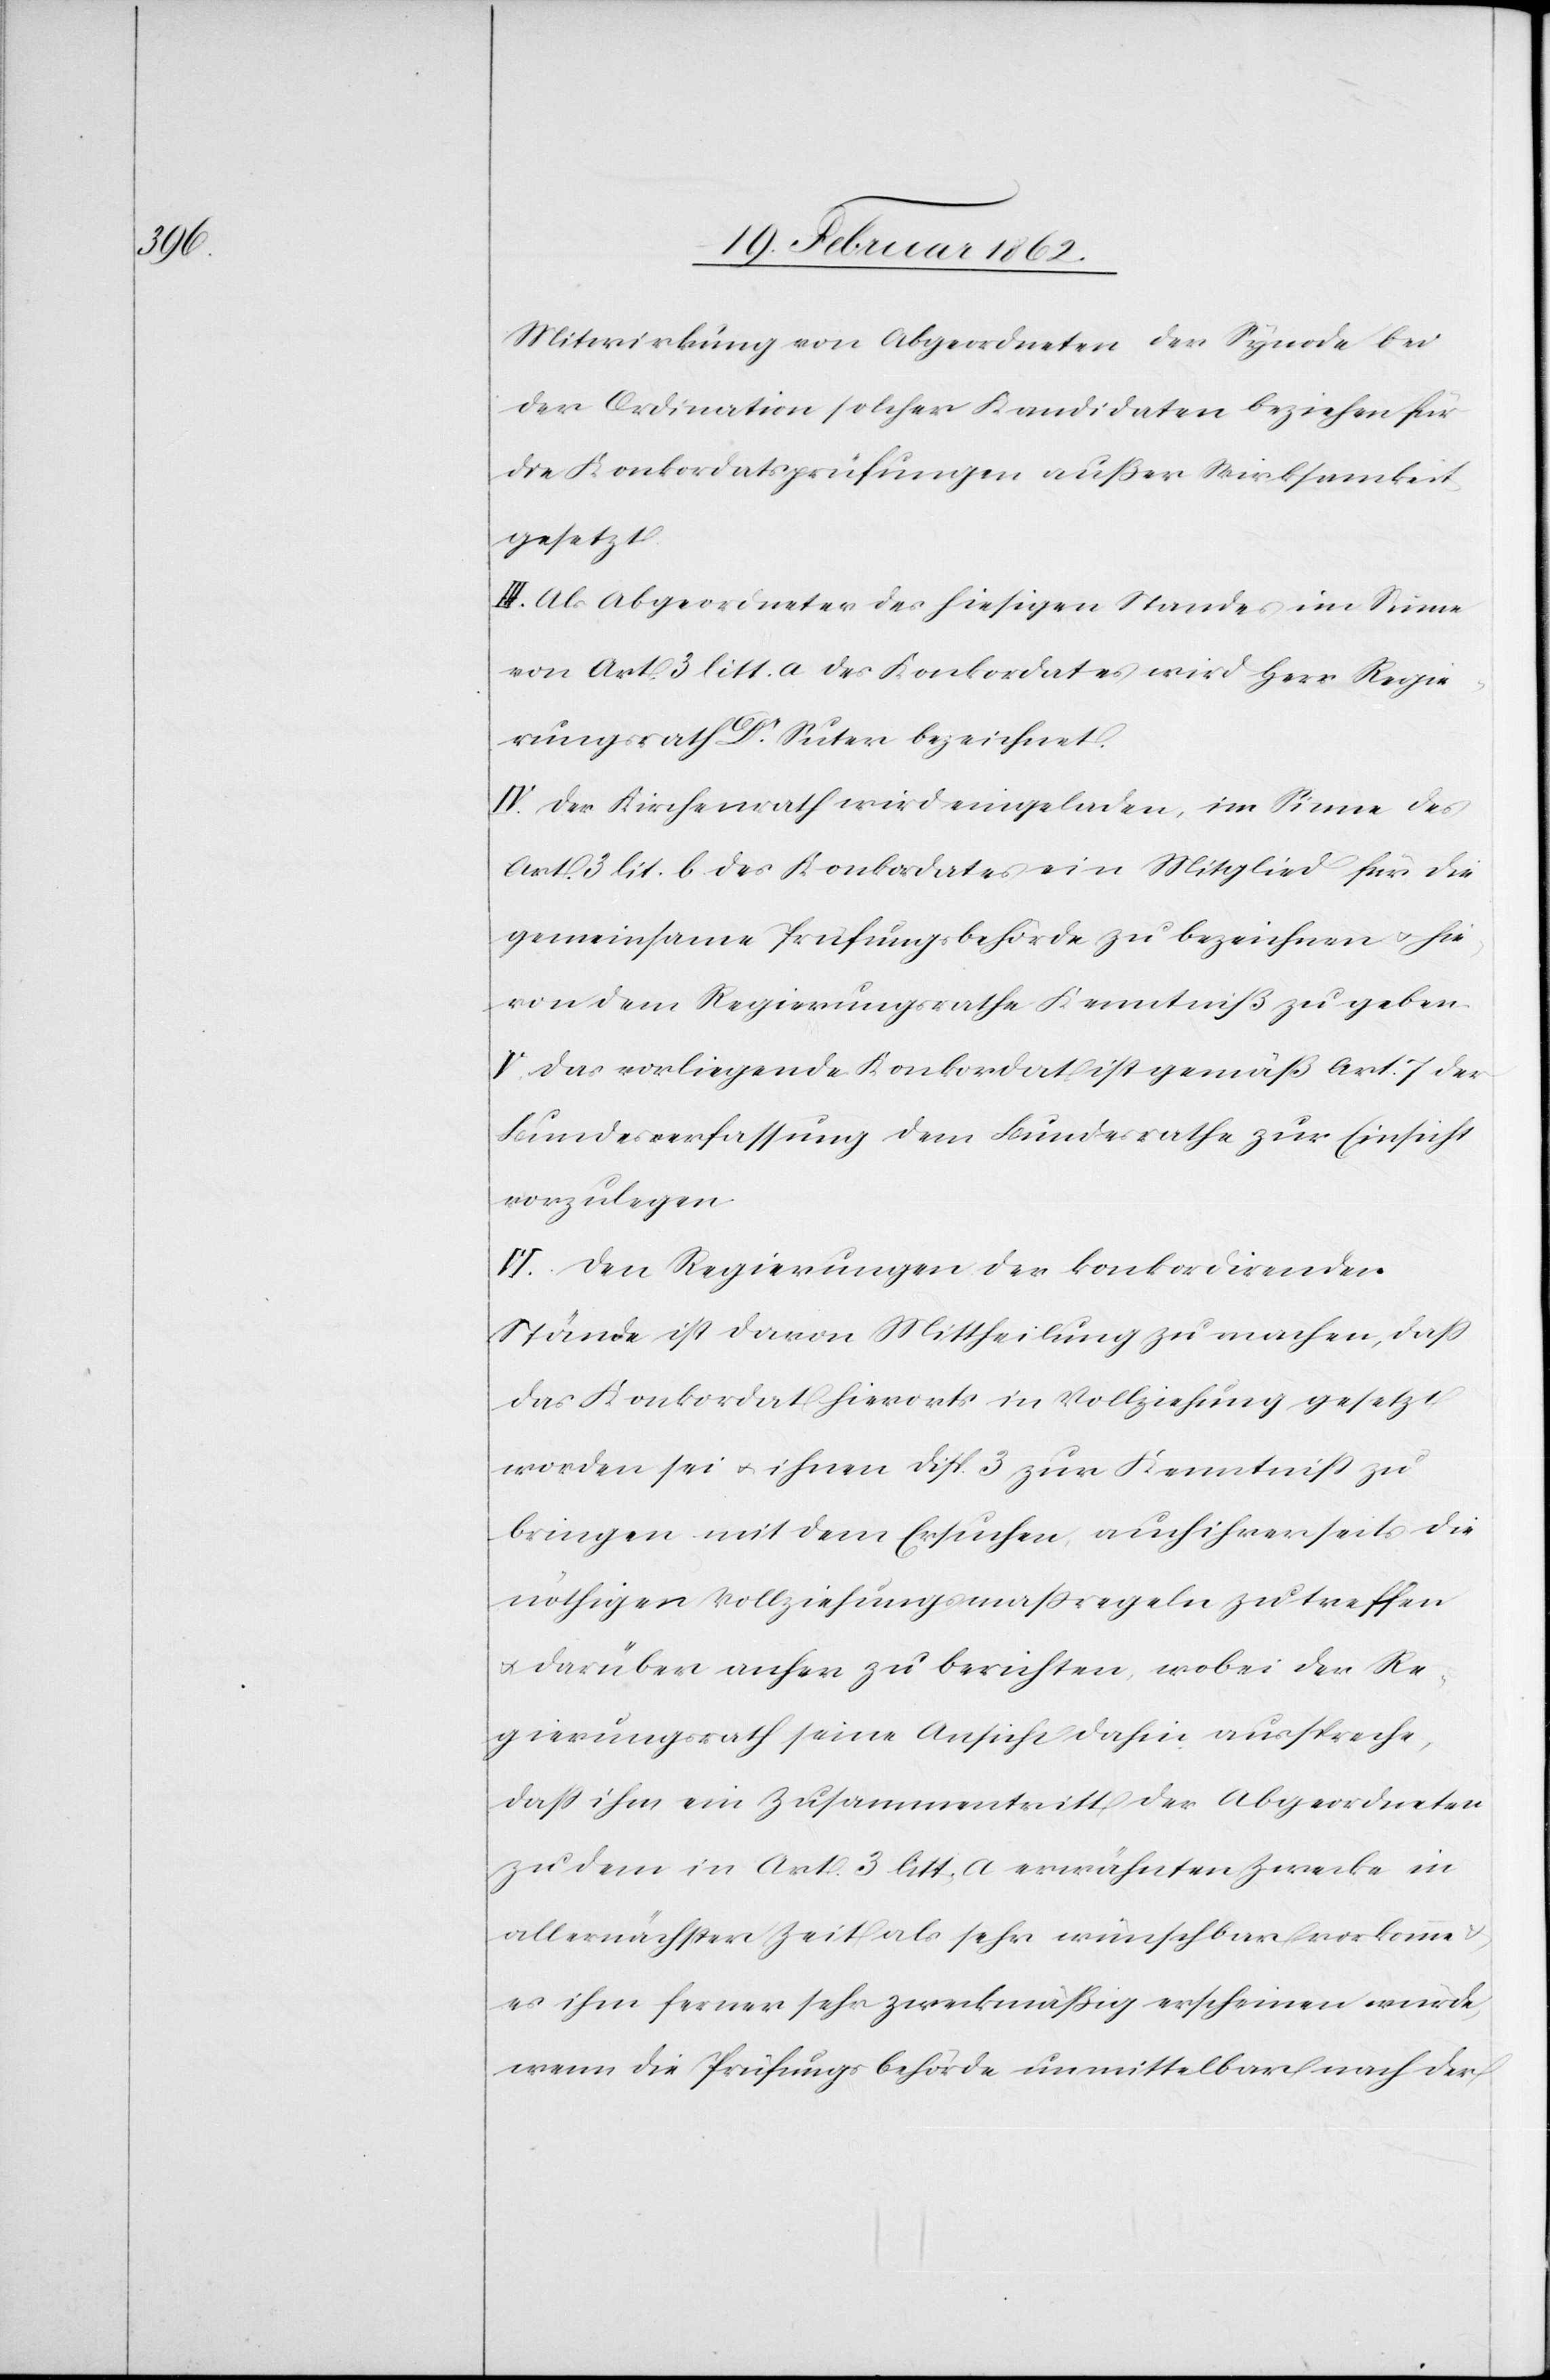
Mitwirkung von Abgeordneten der Synode bei
der Ordination solcher Kandidaten beziehen für
die Konkordatsprüfungen außer Wirksamkeit
gesetzt.
III. Als Abgeordneter des hiesigen Standes im Sinne
von Art. 3 litt. a des Konkordates wird Herr Regie¬
rungsrath Dr. Suter bezeichnet.
IV. Der Kirchenrath wird eingeladen, im Sinne des
Art. 3 lit. b des Konkordates ein Mitglied für die
gemeinsame Prüfungsbehörde zu bezeichnen u. hie¬
von dem Regierungsrathe Kenntniß zu geben.
V. Das vorliegende Konkordat ist gemäß Art. 7 der
Bundesverfassung dem Bundesrathe zur Einsicht
vorzulegen.
VI. Den Regierungen der konkordirenden
Stände ist davon Mittheilung zu machen, daß
das Konkordat hierorts in Vollziehung gesetzt
worden sei u. ihnen Disp. 3 zur Kenntniß zu
bringen mit dem Ersuchen, auch ihrerseits die
nöthigen Vollziehungsmaßregeln zu treffen
u. darüber anher zu berichten, wobei der Re¬
gierungsrath seine Ansicht dahin ausspreche,
daß ihm ein Zusammentritt der Abgeordneten
zu dem in Art. 3 litt. a erwähnten Zwecke in
allernächster Zeit als sehr wünschbar vorkomme
es ihm ferner sehr zweckmäßig erscheinen würde,
wenn die Prüfungsbehörde unmittelbar nach der